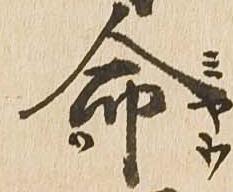
命